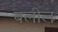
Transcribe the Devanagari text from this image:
बलील